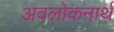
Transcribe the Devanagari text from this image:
अवलोकनार्थ